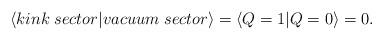
LaTeX: \begin{align*}\left< kink\; sector|vacuum\; sector\right> =\left< Q=1|Q=0\right> =0.\end{align*}